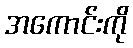
အကောင်းကို